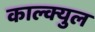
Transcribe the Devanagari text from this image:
काल्क्युल